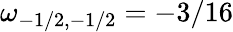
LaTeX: \omega_{-1/2,-1/2}=-3/16